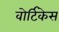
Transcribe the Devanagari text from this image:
वोर्टिकेस